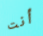
أنت